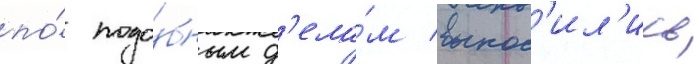
по́ подо́бным д'ела́м вынос'ил'ись